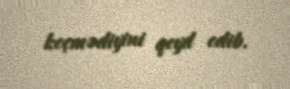
keçmədiyini qeyd edib.